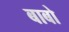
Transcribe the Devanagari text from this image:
बाबो